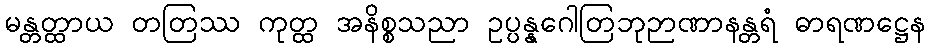
မန္တတ္ထာယ တတြဿ ကုတ္ထ အနိစ္စသညာ ဥပ္ပန္နဂေါတြဘုဉာဏာနန္တရံ ဓာရဏဋ္ဌေန